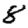
Digit: 8